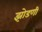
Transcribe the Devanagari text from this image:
झोडणी